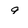
Character: 9